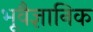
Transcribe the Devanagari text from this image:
भूवैज्ञानिक